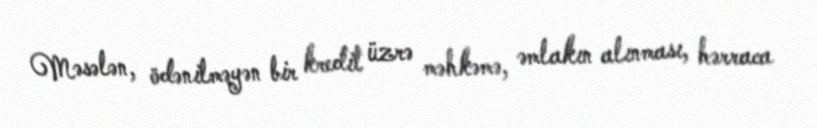
Məsələn, ödənilməyən bir kredit üzrə məhkəmə, əmlakın alınması, hərraca